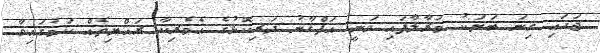
ޖަހައި ގިނަ ބަޔަކު މަރާލާފައި ވަނީ އަފްގާނު ދަރިކޮޅުގެ އެމެރިކާ ރައްޔިތެއް ކަމުގައިވާ